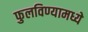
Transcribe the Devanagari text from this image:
फुलविण्यामध्ये